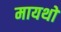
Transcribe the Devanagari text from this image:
मायथों